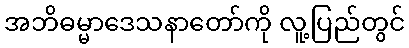
အဘိဓမ္မာဒေသနာတော်ကို လူ့ပြည်တွင်